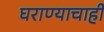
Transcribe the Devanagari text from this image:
घराण्याचाही